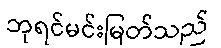
ဘုရင်မင်းမြတ်သည်